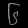
Digit: ၆